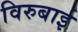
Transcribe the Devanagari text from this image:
विरुबाई